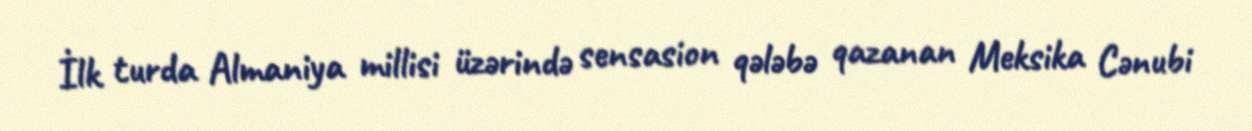
İlk turda Almaniya millisi üzərində sensasion qələbə qazanan Meksika Cənubi